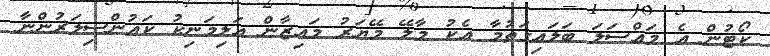
ކޯޓުން އެ މައްސަލަ ބަލައިގަތުމާ އެކު މާލޭ މޭޔަރު މައިޒާން އަލިމަނިކު ކައުންސިލަރުންނާ